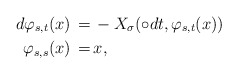
\begin{align*}d\varphi_{s,t}(x)\,= \,& -X_\sigma(\circ dt, \varphi_{s,t}(x)) \\ \varphi_{s,s}(x)\,= \,& x, \end{align*}